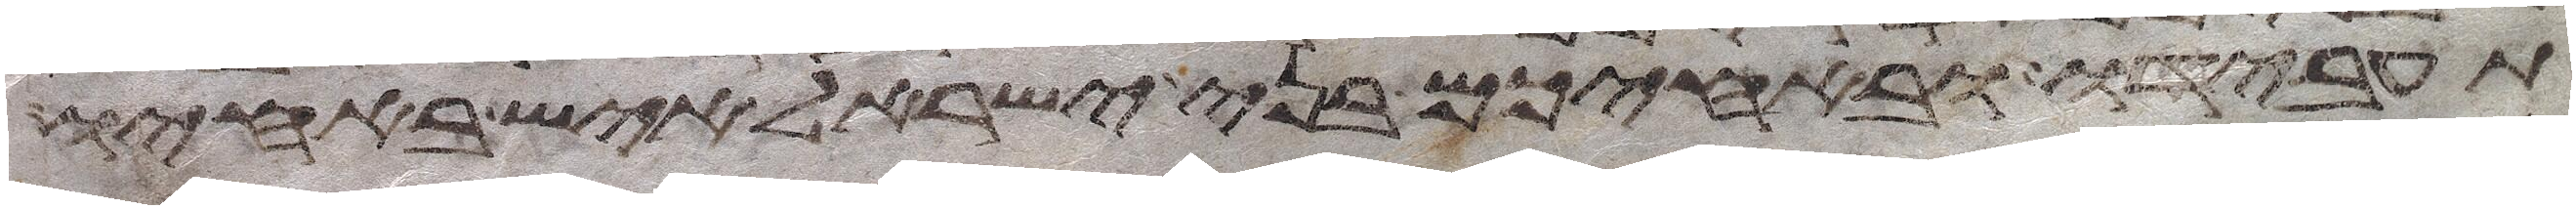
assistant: תעבידו ובאחיכם בני ישראל איש באחיו